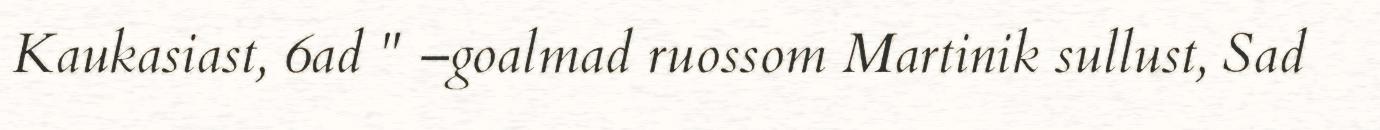
Kaukasiast, 6ad " –goalmad ruossom Martinik sullust, Sad